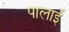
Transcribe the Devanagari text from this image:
पालाई